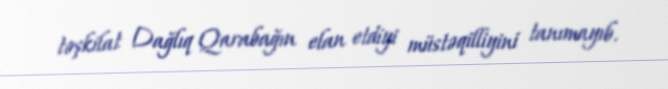
təşkilat Dağlıq Qarabağın elan etdiyi müstəqilliyini tanımayıb.